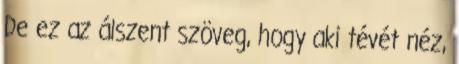
De ez az álszent szöveg, hogy aki tévét néz,